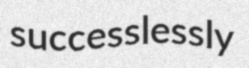
successlessly